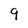
Character: 9